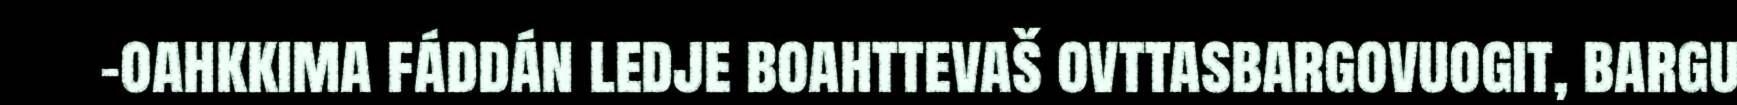
–oahkkima fáddán ledje boahttevaš ovttasbargovuogit, bargu